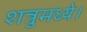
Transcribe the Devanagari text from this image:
शत्रुमध्ये।